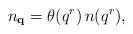
LaTeX: \begin{align*}n_{{\bf q}}=\theta(q^r)\,n(q^r),\end{align*}